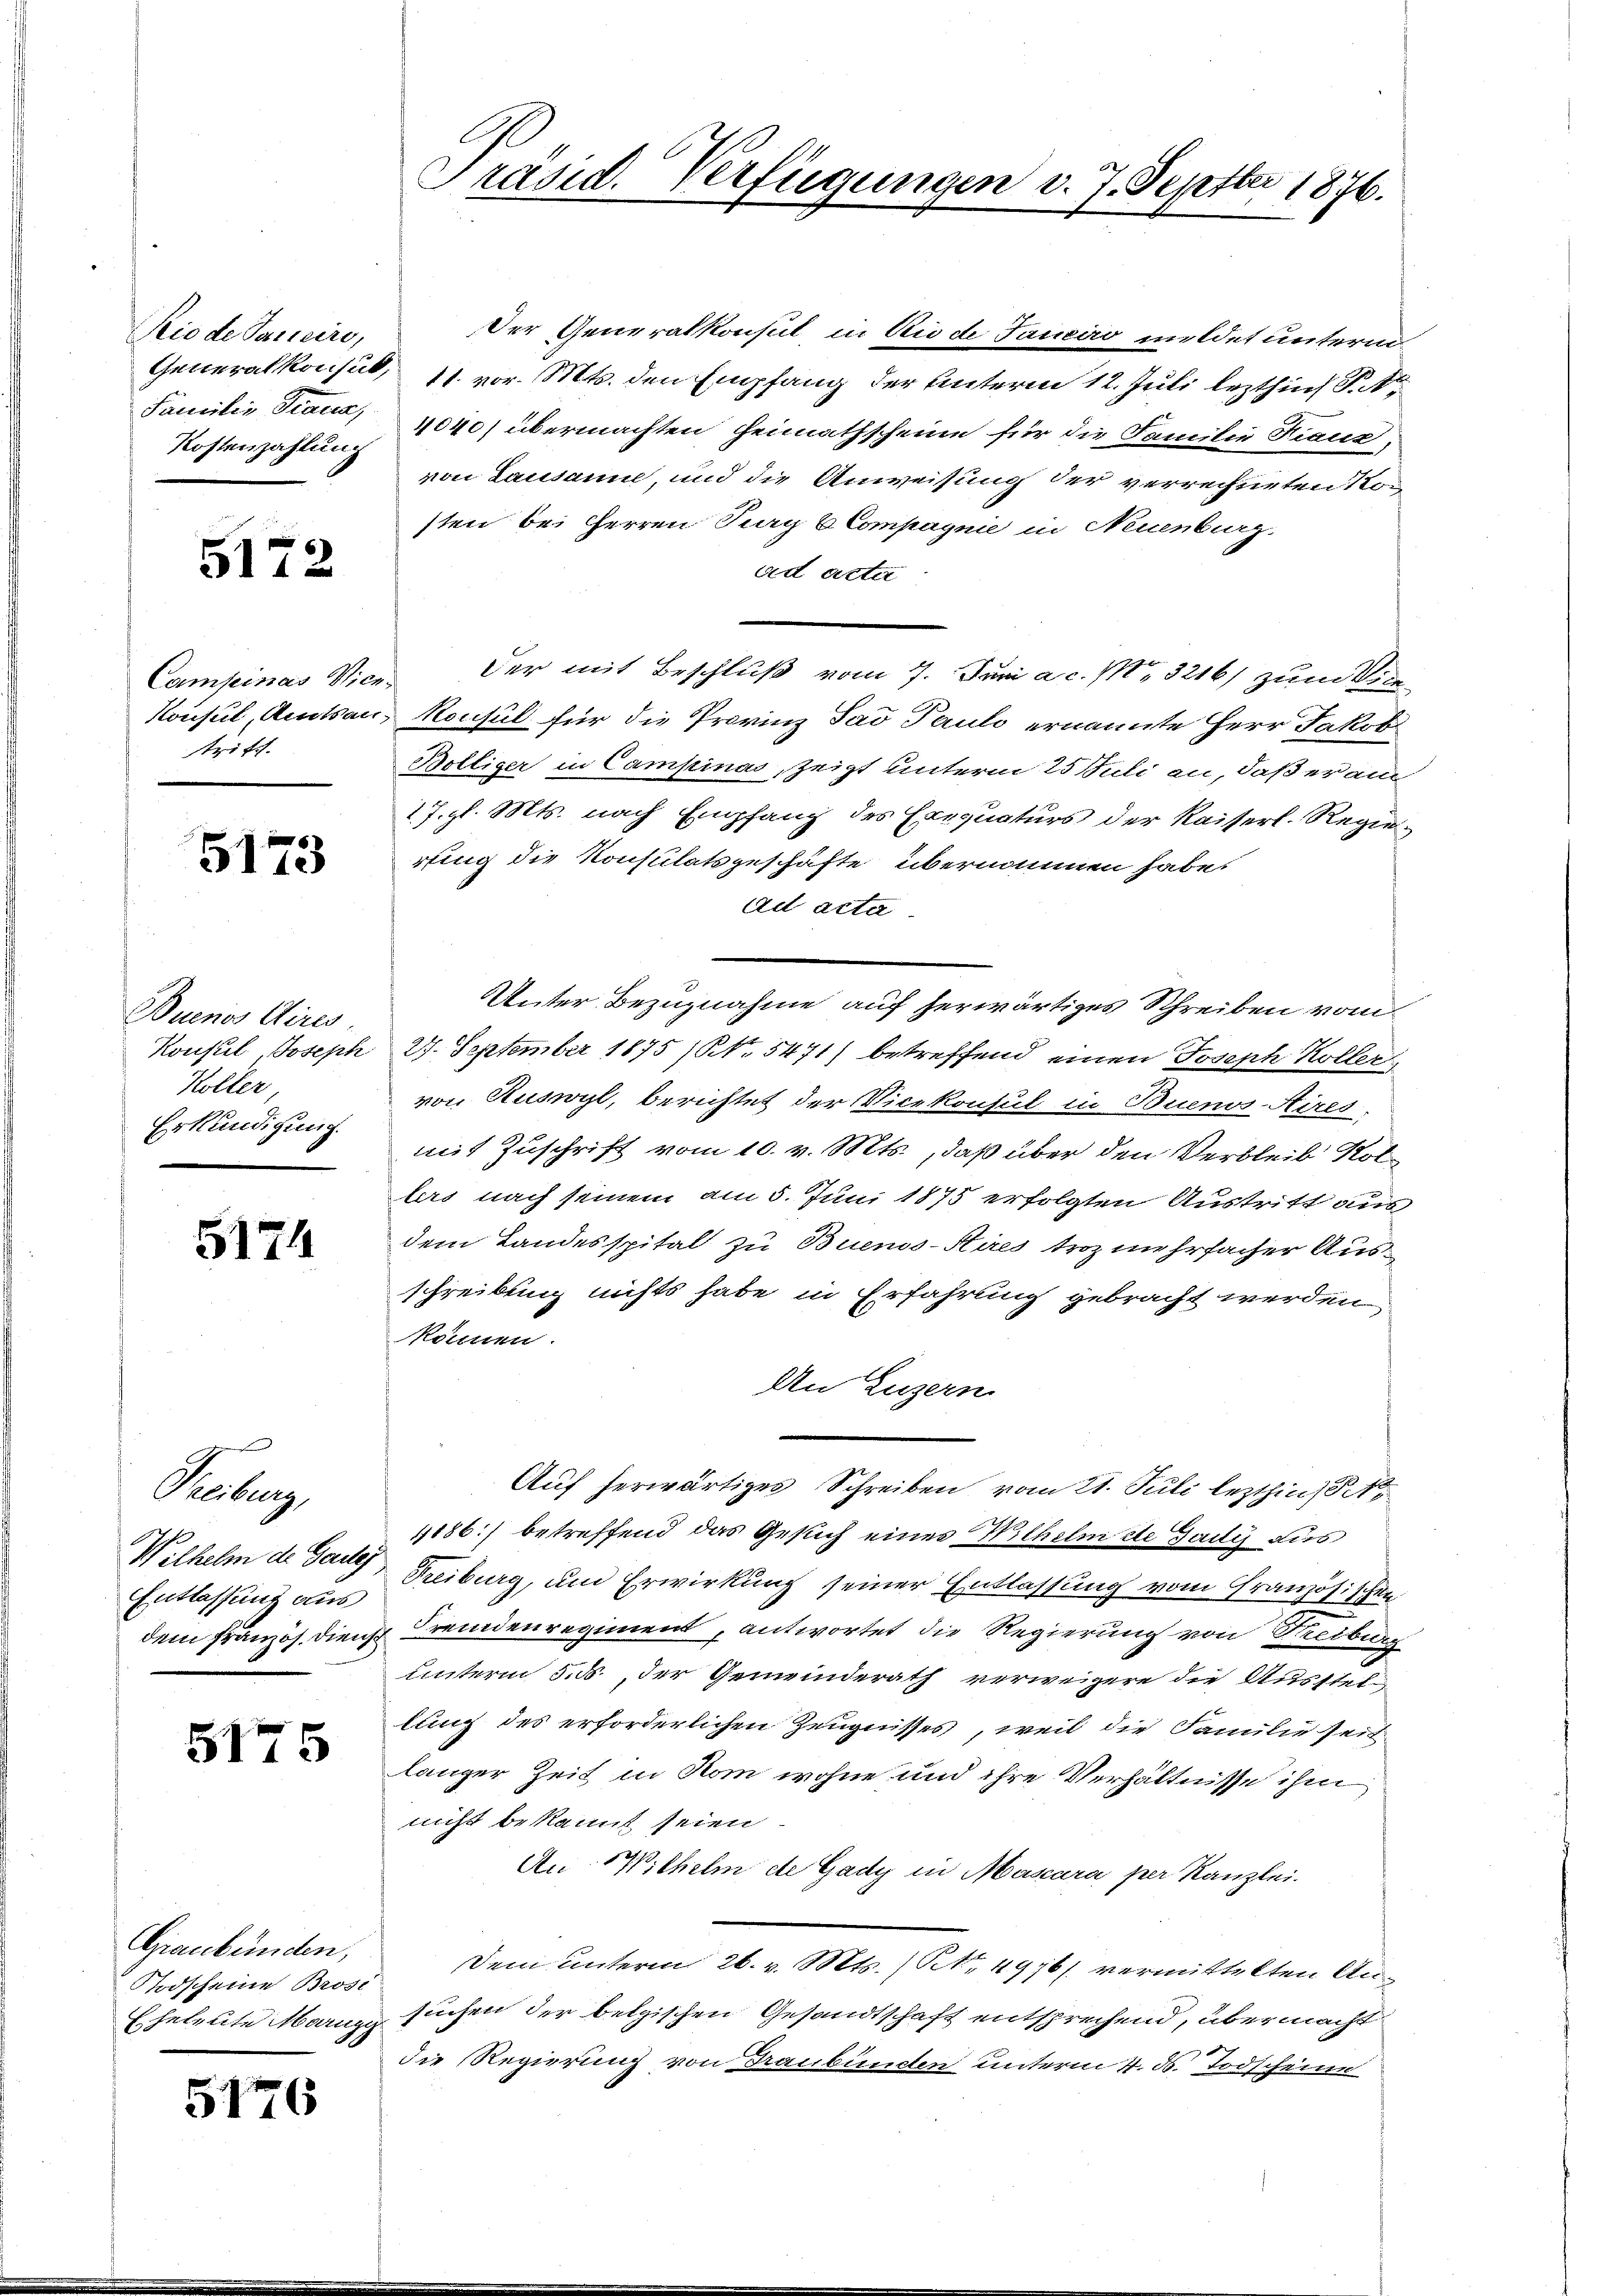
Rio de Janicire,
Familie Diana,
Kostenzahlung

5172

Camseines Wientritt.

5173

Buenos Aires
Konsul, Joseph
Koller
Erkundigung.

5174

Guberg
Wilhelm d. Gade
Entlassung aus
dem Französ. Diens

5175

Graubünden,
Stodscheine Brosi
Eheleute Morigi

5176

Präsid. Verfügungen v. 7. Septber 1876.

Der Generalkonsul in Rio de Janeiro mildet unterm
Generalkonsul, 11. vor. Mts. den Empfang der Unterm 12. Juli lezthin S
4040) übermachten Heimathscheine für die Familie Kraus,
von Lausanne, und die Anweisung der verrechneten Nosten bei Herren Purg 6 Compagnie in Neuenburg,
ad acter
Der mit Beschluß vom 7. Juni a. c. Mo. 3216) zum Vice
Konsul, Amtsau, Konsul für die Provinz Sai Pauli ernannte Herr Jakob
Bölliger in Campinas, zeigt unterm 25 Juli an, daß er am
17. gl. Mts. nach Empfang des Exequaturs der Kaiserl. Regierling die Konsulatsgeschäfte übernommen habe.
ad acta
Unter Bezugnahme auf herwärtiges Schreiben vom
27. September 1875 (NNo. 5471) betreffend einen Joseph Koller
von Ruswyl, berichtet der Vicekonsul in Buenos-Aires
mit Zuschrift vom 10. v. Mts., daß über den Verbleib Rotlers nach seinem am 5. Juni 1875 erfolgten Austritt aus
dem Landesspital zu Buenos-Sires troz mehrfacher Ausschreibung nichts habe in Erfahrung gebracht werden,
können.
An Luzern
Auf herwärtiges Schreiben vom 21. Juli lezthin
1186) betreffend das Gesuch eines Wilhelmste Gaily aus
Treiburg, um Erwirkung seiner Entlassung vom Französischen
Fremdenregiment antwortet die Regierung von Treiburg
unterm 5. ds., der Gemeinderath verweigere die Ausstel
lung des erforderlichen Zeugnisses, weil die Familie seit
langer Zeit in Rom wohne und ihre Verhältnisse ihm
nicht bekannt seien.
An Wilhelm de Gady in Mascara per Kanzlei.
Dem unterm 26. v. Mts. (NNo. 4976) vermittelten Ansuchen der belgischen Gesandtschaft entsprechend, übermacht
die Regierung von Graubünden unterm 4. ds. Todscheine